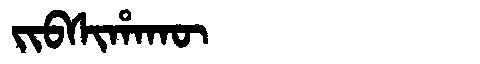
Manchu: ᠵᡳᠪᠰᡳᡥᠠᡴᡡ
Romanization: JIBSIHAKŪ